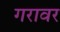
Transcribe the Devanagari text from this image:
गरावर